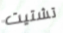
تشتيت